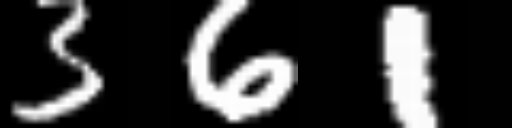
Text: 361